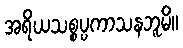
အရိယသစ္စပ္ပကာသနဘူမိ။